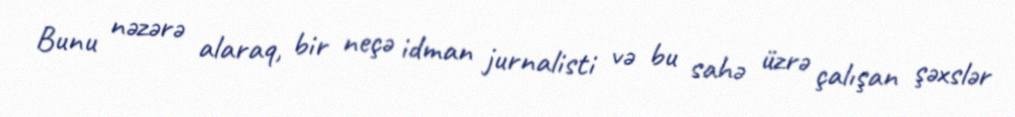
Bunu nəzərə alaraq, bir neçə idman jurnalisti və bu sahə üzrə çalışan şəxslər